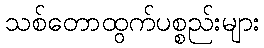
သစ်တောထွက်ပစ္စည်းများ